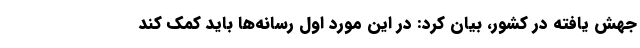
جهش یافته در کشور، بیان کرد: در این مورد اول رسانه‌ها باید کمک کند